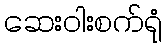
ဆေးဝါးစက်ရုံ